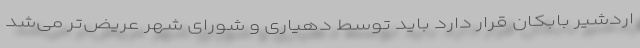
اردشیر بابکان قرار دارد باید توسط دهیاری و شورای شهر عریض‌تر می‌شد